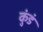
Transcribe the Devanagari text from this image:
कुंडं